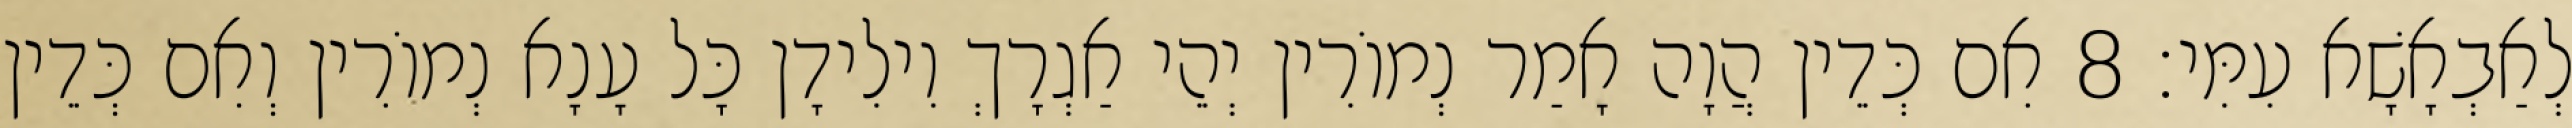
לְאַבְאָשָׁא עִמִּי׃ 8 אִם כְּדֵין הֲוָה אָמַר נְמוֹרִין יְהֵי אַגְרָךְ וִילִידָן כָּל עָנָא נְמוֹרִין וְאִם כְּדֵין